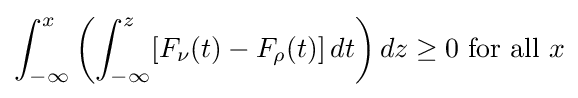
\int _{-\infty }^{x}\left(\int _{-\infty }^{z}[F_{\nu }(t)-F_{\rho }(t)]\,dt\right)dz\geq 0{\text{ for all }}x